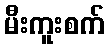
မီးကူးစက်